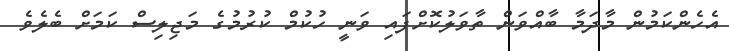
އެހެންކަމުން މާދަމާ ބާއްވަން ތާވަލުކޮށްފައި ވަނީ ހުކުމް ކުރުމުގެ މަޖިލިސް ކަމަށް ބެލެވެ